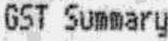
GST SUMMARY